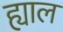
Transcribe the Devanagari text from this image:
ह्याल